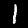
Label: 1